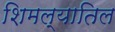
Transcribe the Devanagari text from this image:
शिमल्यातिल